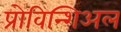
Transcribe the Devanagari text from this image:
प्रोविन्शिअल